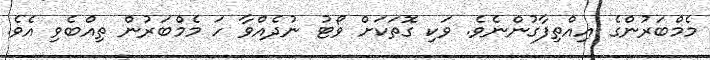
މެމްބަރުންގެ އިއްތިފާގުންނެވެ. ވަކި ގޮތަކަށް ވޯޓު ނުދެއްވާ ހަ މެމްބަރުން ތިއްބެވި އެވެ.